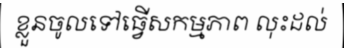
ខ្លួនចូលទៅធ្វើសកម្មភាព លុះដល់